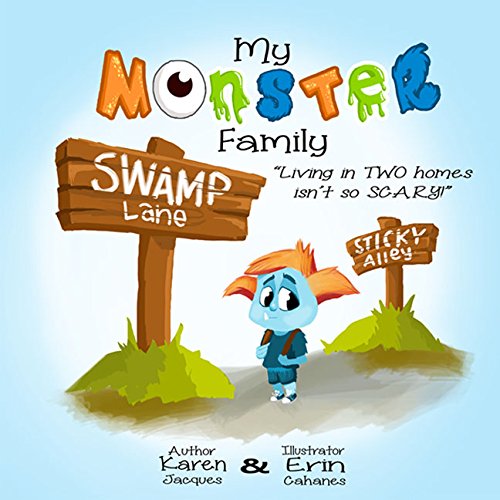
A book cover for My Monster Family; Karen Jacques; Parenting & Relationships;